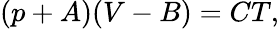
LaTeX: (p+A)(V-B)=CT,